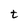
Character: t